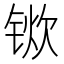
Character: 𫓿